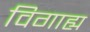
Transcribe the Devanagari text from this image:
विगाह्य